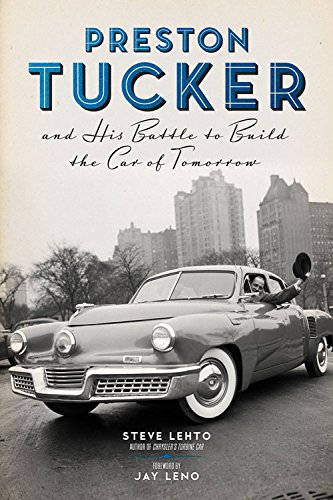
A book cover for Preston Tucker and His Battle to Build the Car of Tomorrow; Steve Lehto; Business & Money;